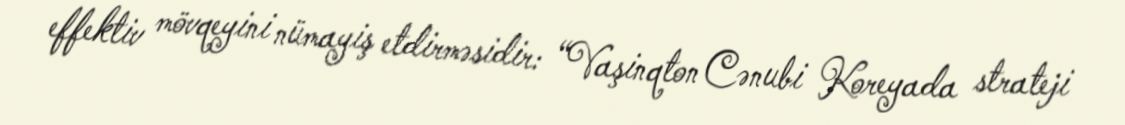
effektiv mövqeyini nümayiş etdirməsidir: “Vaşinqton Cənubi Koreyada strateji